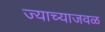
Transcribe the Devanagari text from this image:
ज्याच्याजवळ